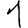
Digit: 1